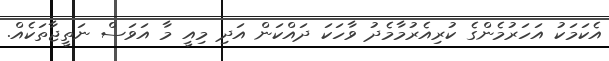
އެކަމަކު އަހަރުމެންގެ ކުރިއެރުމާމެދު ވާހަކަ ދައްކަން އަދި މިއީ މާ އަވަސް ނަތީޖާތަކެއް.